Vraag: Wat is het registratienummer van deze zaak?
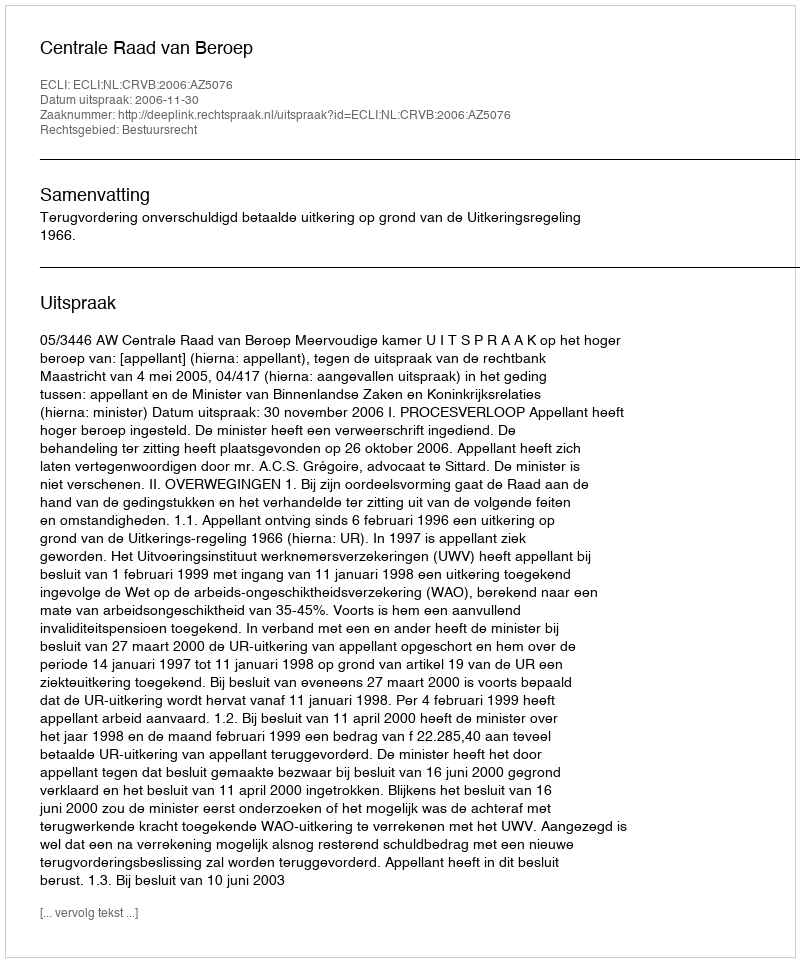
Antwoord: http://deeplink.rechtspraak.nl/uitspraak?id=ECLI:NL:CRVB:2006:AZ5076